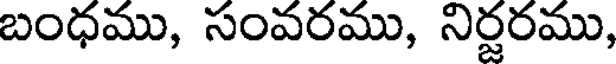
బంధము, సంవరము, నిర్జరము,